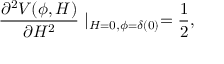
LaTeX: \frac { \partial ^ { 2 } V ( \phi , H ) } { \partial H ^ { 2 } } \mid _ { H = 0 , \phi = \delta ( 0 ) } = \frac { 1 } { 2 } ,